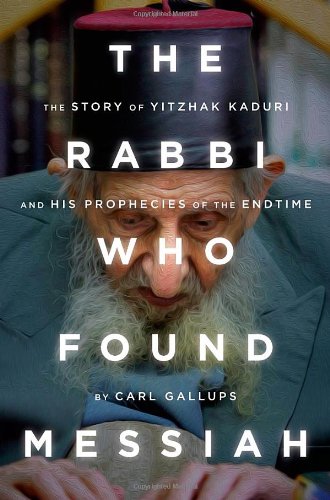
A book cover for The Rabbi Who Found Messiah: The Story of Yitzhak Kaduri and His Prophecies of the Endtime; Carl Gallups; Christian Books & Bibles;